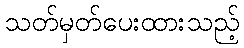
သတ်မှတ်ပေးထားသည့်